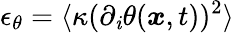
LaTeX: \epsilon_{\theta}=\langle\kappa(\partial_{\mathit{i}}\theta(\boldsymbol{x},t))^{2}\rangle